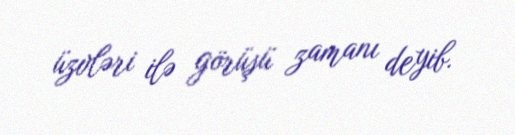
üzvləri ilə görüşü zamanı deyib.